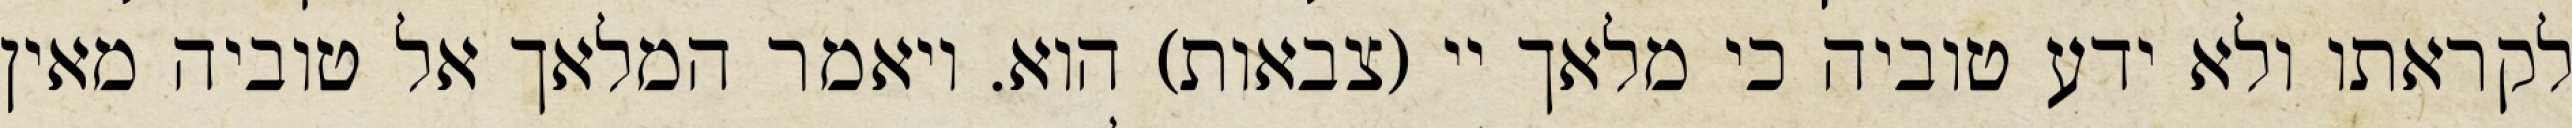
לקראתו ולא ידע טוביה כי מלאך יי (צבאות) הוא. ויאמר המלאך אל טוביה מאין